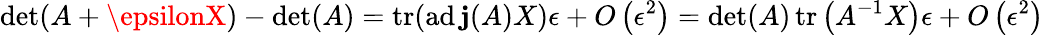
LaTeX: \operatorname*{det}(A+\epsilonX)-\operatorname*{det}(A)=\operatorname{tr}(\operatorname{ad\mathbf{j}}(A)X)\epsilon+O\left(\epsilon^{2}\right)=\operatorname*{det}(A)\operatorname{tr}\left(A^{-1}X\right)\epsilon+O\left(\epsilon^{2}\right)